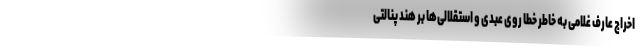
اخراج عارف غلامی به خاطر خطا روی عبدی و استقلالی‌ها بر هند پنالتی